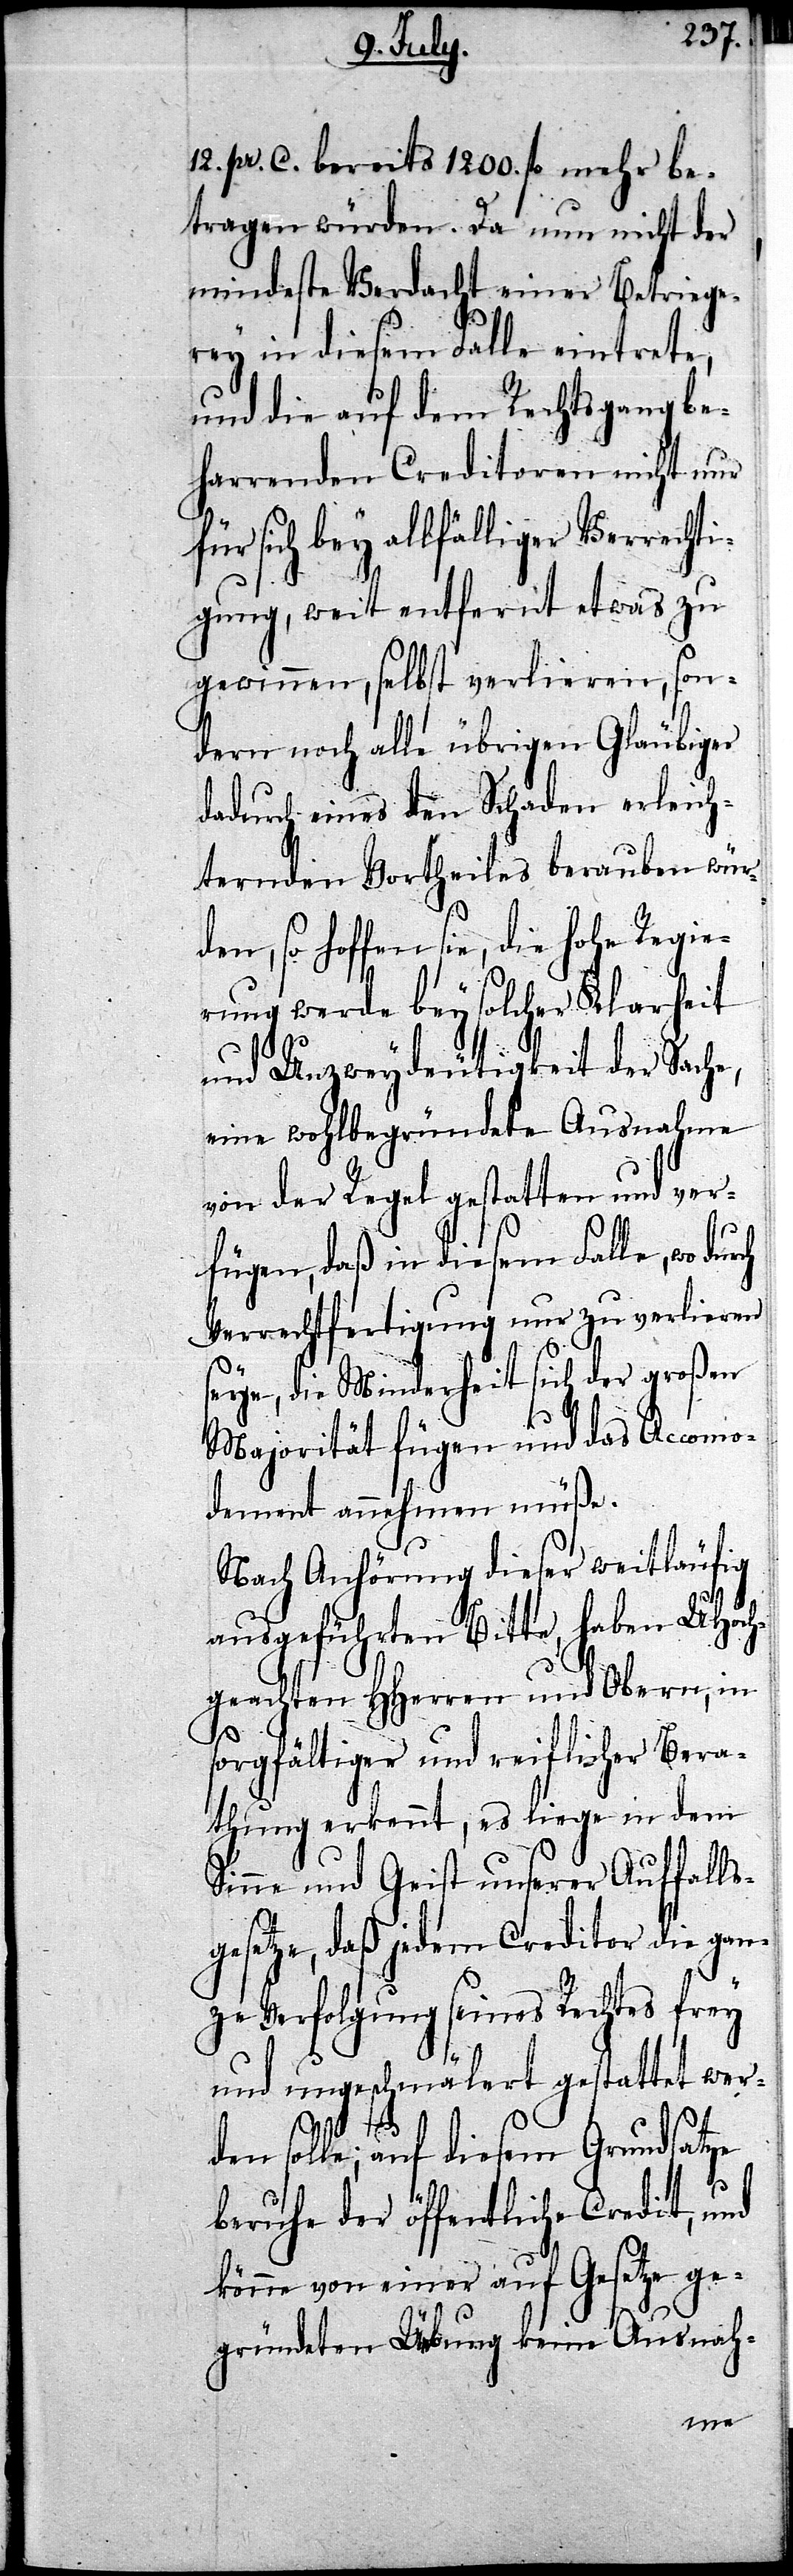
12. pr. C. bereits 1200. fl. mehr be¬
tragen würden. Da nun nicht der
mindeste Verdacht einer Betriege¬
rey in diesem Falle eintrete,
und die auf dem Rechtsgang be¬
harrenden Creditoren nicht nur
für sich bey allfälliger Verrechti¬
gung, weit entfernt etwas zu
gewinnen, selbst verlieren, son¬
dern noch alle übrigen Gläubiger
dadurch eines den Schaden erleich¬
ternden Vortheiles berauben wür¬
gesetze, daß die gan¬
erung werde bey solcher Klarheit
und Unzweydeutigkeit der Sache,
eine wohlbegründete Ausnahme
von der Regel gestatten und ver¬
fügen, daß in diesem Falle, wo dur¬
Verrechtfertigung nur zu verlieren
seye, die Minderheit sich der großen
Majorität fügen und das Accomo¬
dement annehmen müße.
Nach Anhörung dieser weitläufig
ausgeführten Bitte, haben UHoch¬
geachten HHerren und Obern, in
sorgfältiger und reiflicher Bera¬
thung erkennt, es liege in dem
Sinne und Geist unserer Auffalls¬
ze Verfolgung seines Rechtes frey
und ungeschmälert gestattet wer¬
ch
den solle; auf diesem Grundsatze
beruhe der öffentliche Credit, und
könne von einer auf Gesetz ge¬
gründeten Übung keine Ausnah-